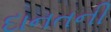
દાનતની